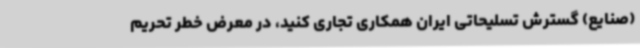
(صنایع) گسترش تسلیحاتی ایران همکاری تجاری کنید، در معرض خطر تحریم